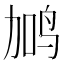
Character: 𬸇